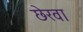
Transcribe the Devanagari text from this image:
छेरवा